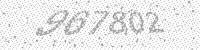
Solution: 967802